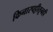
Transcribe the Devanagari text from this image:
किनारपट्टीतूनही